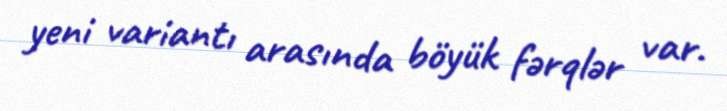
yeni variantı arasında böyük fərqlər var.